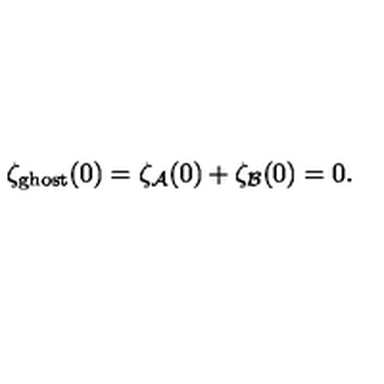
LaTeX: \zeta _ { \mathrm { g h o s t } } ( 0 ) = \zeta _ { \cal A } ( 0 ) + \zeta _ { \cal B } ( 0 ) = 0 .